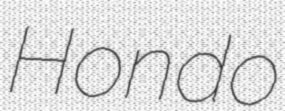
Hondo